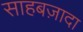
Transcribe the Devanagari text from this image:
साहबज़ादा